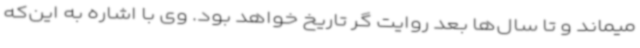
میماند و تا سال‌ها بعد روایت گر تاریخ خواهد بود. وی با اشاره به این‌که